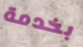
بخدمة